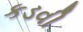
કડવી